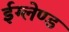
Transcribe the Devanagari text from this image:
ईग्‍लेण्‍ड